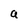
Character: a